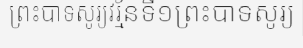
ព្រះបាទសូរ្យវរ្ម័នទី១ព្រះបាទសូរ្យ